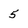
Character: 5